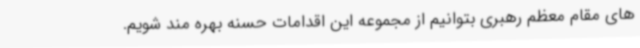
های مقام معظم رهبری بتوانیم از مجموعه این اقدامات حسنه بهره مند شویم.